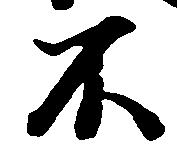
不